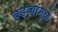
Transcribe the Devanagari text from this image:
बडव्यांमुळे